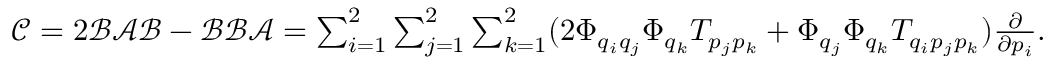
\begin{array} { r } { \mathcal { C } = 2 \mathcal { B } \mathcal { A } \mathcal { B } - \mathcal { B } \mathcal { B } \mathcal { A } = \sum _ { i = 1 } ^ { 2 } \sum _ { j = 1 } ^ { 2 } \sum _ { k = 1 } ^ { 2 } ( 2 \Phi _ { q _ { i } q _ { j } } \Phi _ { q _ { k } } T _ { p _ { j } p _ { k } } + \Phi _ { q _ { j } } \Phi _ { q _ { k } } T _ { q _ { i } p _ { j } p _ { k } } ) \frac { \partial } { \partial p _ { i } } . } \end{array}